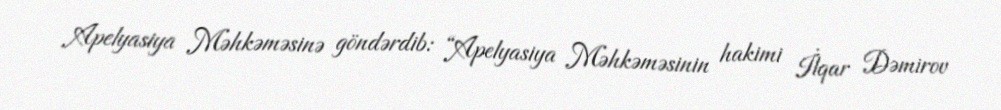
Apelyasiya Məhkəməsinə göndərdib: “Apelyasiya Məhkəməsinin hakimi İlqar Dəmirov